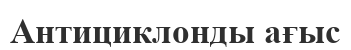
Антициклонды ағыс